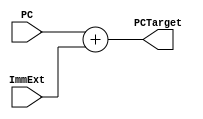
module PCTarget(
    input [31:0] PC, ImmExt,
    output [31:0] PCTarget
);

assign PCTarget = PC + ImmExt;
endmodule